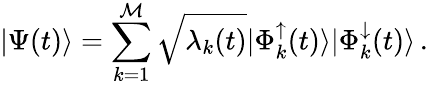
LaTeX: |\Psi(t)\rangle=\sum_{k=1}^{\mathcal{M}}\sqrt{\lambda_{k}(t)}|\Phi_{k}^{\uparrow}(t)\rangle|\Phi_{k}^{\downarrow}(t)\rangle\, .